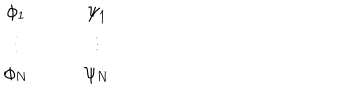
LaTeX: \begin{array} { c c c c } { { \phi _ { 1 } } } & { { } } & { { } } & { { \psi _ { 1 } } } \\ { { \vdots } } & { { } } & { { } } & { { \vdots } } \\ { { \phi _ { N } } } & { { } } & { { } } & { { \psi _ { N } } } \\ \end{array}